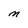
Character: M